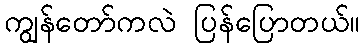
ကျွန်တော်ကလဲ ပြန်ပြောတယ်။